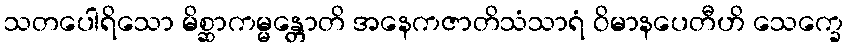
သတပေါရိသော မိစ္ဆာကမ္မန္တောတိ အနေကဇာတိသံသာရံ ဝိမာနပေတီဟိ သေက္ခေ